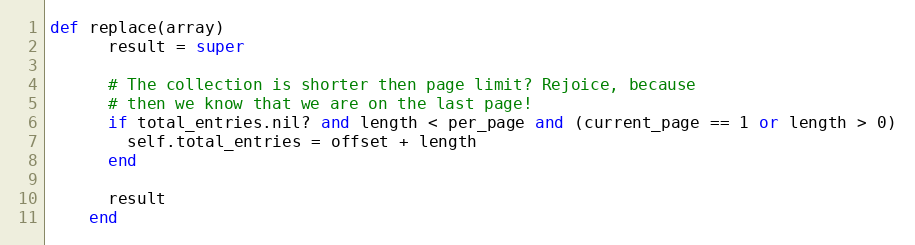
Language: Ruby
def replace(array)
      result = super

      # The collection is shorter then page limit? Rejoice, because
      # then we know that we are on the last page!
      if total_entries.nil? and length < per_page and (current_page == 1 or length > 0)
        self.total_entries = offset + length
      end

      result
    end